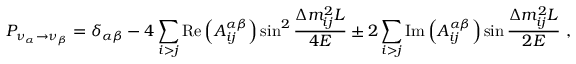
P _ { \nu _ { \alpha } \rightarrow \nu _ { \beta } } = \delta _ { \alpha \beta } - 4 \sum _ { i > j } \mathrm { R e } \left( A _ { i j } ^ { \alpha \beta } \right) \sin ^ { 2 } \frac { \Delta m _ { i j } ^ { 2 } L } { 4 E } \pm 2 \sum _ { i > j } \mathrm { I m } \left( A _ { i j } ^ { \alpha \beta } \right) \sin \frac { \Delta m _ { i j } ^ { 2 } L } { 2 E } \ ,